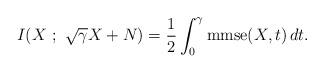
LaTeX: \begin{align*}I(X~;~\sqrt{\gamma}X+N) = \frac12 \int_0^\gamma \mathrm{mmse}(X,t) \, dt.\end{align*}